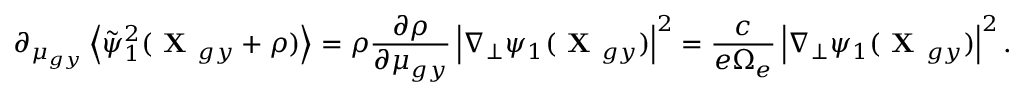
\partial _ { \mu _ { g y } } \left\langle \tilde { \psi } _ { 1 } ^ { 2 } ( \textbf { X } _ { g y } + \boldsymbol { \rho } ) \right\rangle = \rho \frac { \partial \rho } { \partial \mu _ { g y } } \left| \nabla _ { \perp } \psi _ { 1 } ( \textbf { X } _ { g y } ) \right| ^ { 2 } = \frac { c } { e \Omega _ { e } } \left| \nabla _ { \perp } \psi _ { 1 } ( \textbf { X } _ { g y } ) \right| ^ { 2 } .